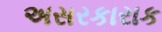
અસરકારાક